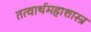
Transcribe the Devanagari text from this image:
तत्वार्थमहाशास्त्र